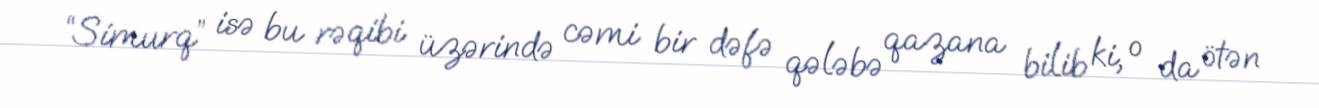
“Simurq” isə bu rəqibi üzərində cəmi bir dəfə qələbə qazana bilib ki, o da ötən